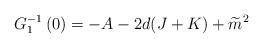
LaTeX: \begin{align*}G_{1}^{-1}\left( 0\right) =-A-2d(J+K)+\widetilde{m}^{2}\end{align*}